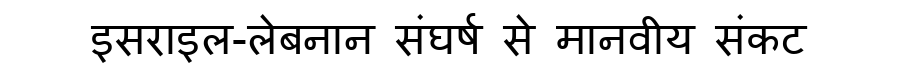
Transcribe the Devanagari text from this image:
इसराइल-लेबनान संघर्ष से मानवीय संकट